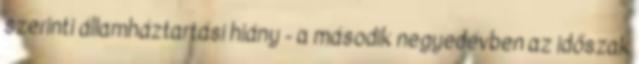
szerinti államháztartási hiány - a második negyedévben az időszak